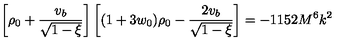
\left[ \rho _ { 0 } + \frac { v _ { b } } { \sqrt { 1 - \xi } } \right] \left[ ( 1 + 3 w _ { 0 } ) \rho _ { 0 } - \frac { 2 v _ { b } } { \sqrt { 1 - \xi } } \right] = - 1 1 5 2 M ^ { 6 } k ^ { 2 }